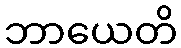
ဘာယေတိ